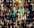
أحرز